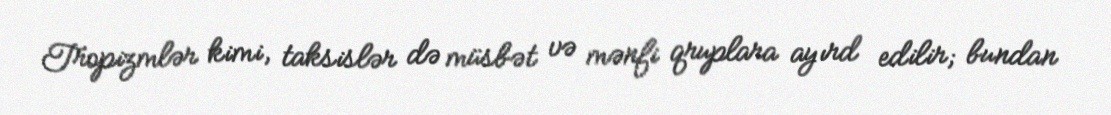
Tropizmlər kimi, taksislər də müsbət və mənfi qruplara ayırd edilir; bundan